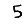
Digit: 5